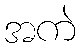
အကဲ